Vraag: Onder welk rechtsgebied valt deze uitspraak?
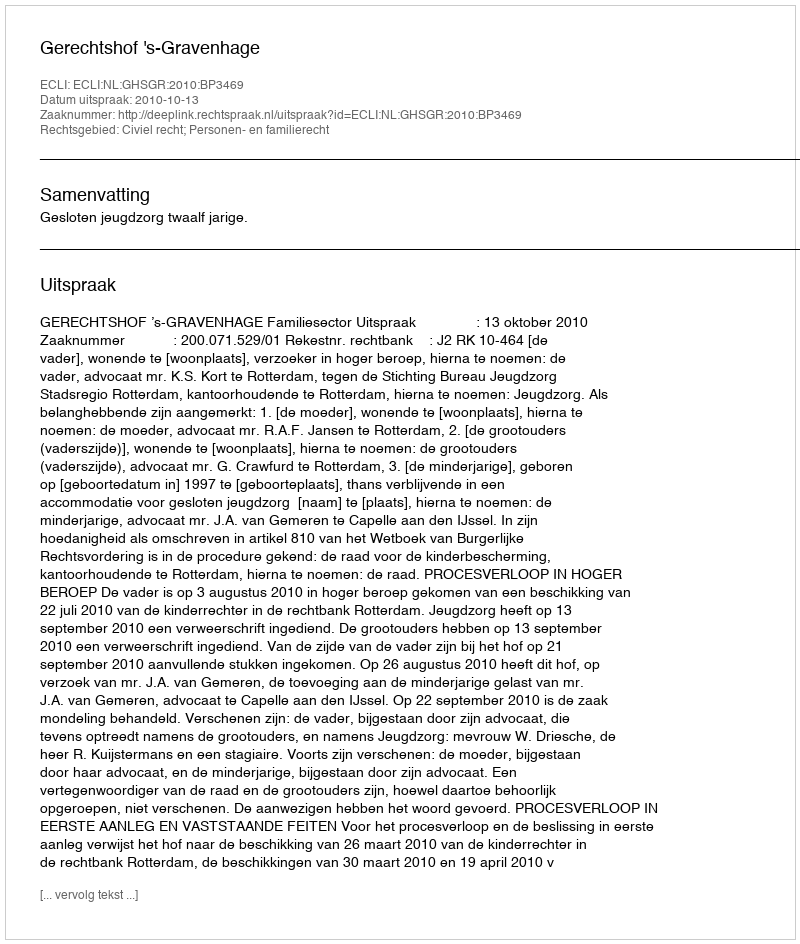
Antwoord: Civiel recht; Personen- en familierecht